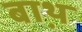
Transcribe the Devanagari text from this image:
बाथ़